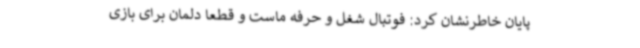
پایان خاطرنشان کرد: فوتبال شغل و حرفه‌ ماست و قطعاً دلمان برای بازی